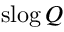
\mathrm { s l o g } \, Q